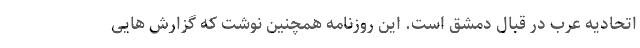
اتحادیه عرب در قبال دمشق است. این روزنامه همچنین نوشت که گزارش هایی